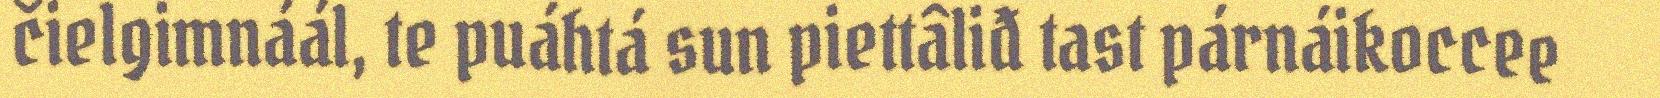
čielgimnáál, te puáhtá sun piettâliđ tast párnáikoccee